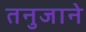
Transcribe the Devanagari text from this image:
तनुजाने